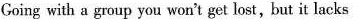
Coing with a gup you won't get lost , but it lacks